Annual vaccination report of Bihar and Orissa - 1911-1928
Year: 1911
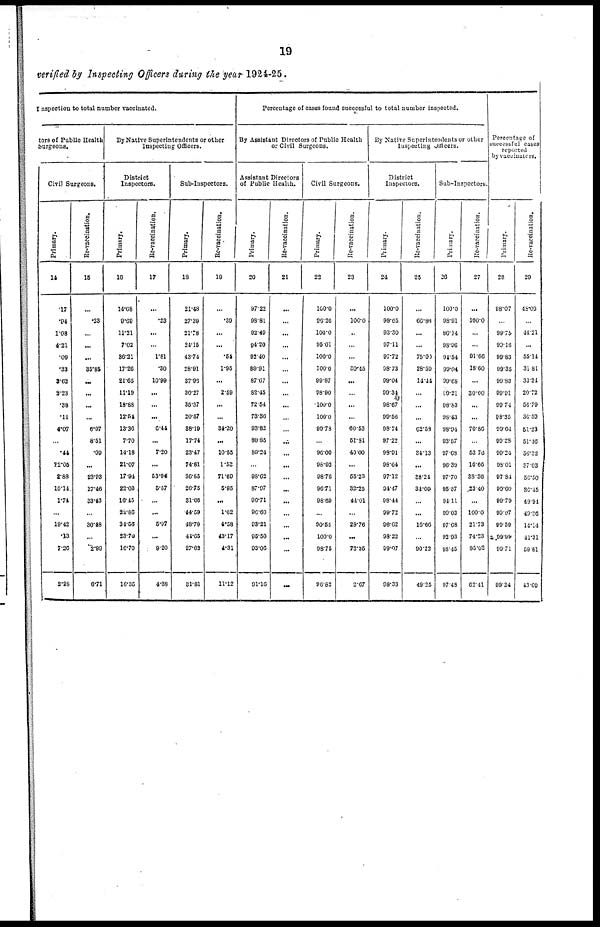
19
verified by Inspecting Officers during the year 1924-25.
Inspection to total number vaccinated.
tors of Public Health
Surgeons.
Civil Surgeons.
Primary.
14
.17
.94
1.08
4.21
.09
.33
3.63
3.23
.38
.11
4.07
...
.44
22.05
2.88
10.14
1.74
...
19.42
.13
7.36
2.28
Re-vaccination.
15
...
.23
...
...
...
35.85
...
...
...
...
6.97
8.51
.09
...
23.93
27.46
33.43
...
30.48
...
2.99
6.71
By Native Superintendents or other
Inspecting Officers.
District
Inspectors.
Primary.
16
14.68
9.69
11.21
7.02
86.21
17.26
24.65
11.19
18.88
12.54
13.36
7.70
14.18
21.07
17.94
22.03
16.45
22086
34.56
23.70
16.70
16.35
Re-vaccination.
17
...
.23
...
...
1.81
.30
10.99
...
...
...
6.44
...
7.20
...
53.94
5.57
...
...
5.97
...
9.20
4.38
Sub-Inspectors.
Primary.
18
21.48
27.39
21.78
24.15
43.74
28.91
37.96
30.27
35.37
20.57
88.19
17.74
23.47
74.81
36.85
26.75
31.66
44.59
48.70
44.65
27.62
31.81
Re-vaccination.
19
...
.39
...
...
.54
1.95
...
2.59
...
...
34.20
...
10.55
1.53
71.60
5.95
...
1.62
4.58
43.17
4.31
11.12
Percentage of cases found successful to total number inspected.
By Assistant Directors of Public Health
or Civil Surgeons.
Assistant Directors
of Public Health.
Primary.
20
97.22
98.81
92.49
94.20
92.40
89.91
87.67
83.45
72.54
73.86
93.82
89.83
89.24
...
98.62
87.97
96.71
96.69
93.21
95.50
93.06
91.16
Re-vaccination.
21
...
...
...
...
...
...
...
...
...
...
...
...
...
...
...
...
...
...
...
...
...
...
Civil Surgeons.
Primary.
22
100.0
96.26
100.0
95.01
100.0
100.0
99.87
98.90
100.0
100.0
99.78
...
96.00
96.92
98.70
96.71
98.69
...
90.54
100.0
98.75
96.82
Re-vaccination.
23
...
100.0
...
...
...
30.45
...
...
...
...
60.53
51.81
49.00
...
55.23
32.25
44.01
...
28.76
...
72.35
2.67
By Native Superintendents or other
Inspecting others.
District
Inspectors.
Primary.
24
100.0
98.65
93.30
97.11
97.72
98.73
99.04
99.34
98.67
99.56
98.74
97.22
98.91
98.64
97.12
94.47
98.44
99.72
96.62
98.22
99.07
98.33
Re-vaccination.
25
...
66.86
...
...
75.00
28.59
14.44
...
...
...
62.58
...
34.13
...
86.24
34.09
...
...
16.60
...
90.22
49.25
Sub-Inspectors.
Primary.
26
100.0
98.91
86.14
98.96
94.54
99.04
99.68
99.21
98.83
98.43
98.94
93.57
97.68
96.36
97.70
95.57
94.11
99.03
97.68
92.93
98.45
97.48
Re-vaccination.
27
...
180.0
...
...
91.66
18.60
...
30.00
...
...
70.86
...
53.76
16.66
38.36
23.40
...
100.0
21.73
74.23
85.62
62.41
Percentage of
successful cases
reported
by vaccinators.
Primary.
28
98.07
...
99.75
99.16
99.83
99.35
99.83
99.91
99.74
98.35
98.64
99.28
99.24
98.01
97.84
99.60
99.79
99.97
99.59
99.98
99.71
99.34
Re-vaccination.
29
48.09
...
14.21
...
55.14
31.81
33.34
20.72
56.79
36.59
54.23
54.46
56.32
87.03
56.50
36.45
40.94
40.26
14.14
41.31
59.81
43.69